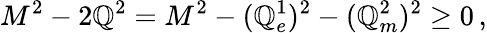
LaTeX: M^{2}-2\mathbb{Q}^{2}=M^{2}-({\cal\mathbb{Q}}_{e}^{1})^{2}-({\cal\mathbb{Q}}_{m}^{2})^{2}\geq0\, ,